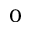
_ 0